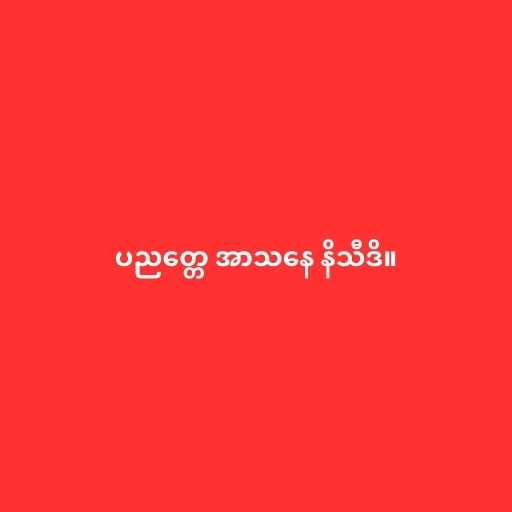
ပညတ္တေ အာသနေ နိသီဒိ။